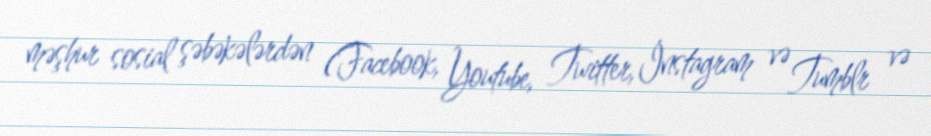
məşhur sosial şəbəkələrdən (Facebook, Youtube, Twitter, İnstagram və Tumblr və